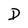
Character: D